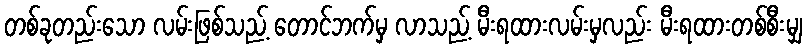
တစ်ခုတည်းသော လမ်းဖြစ်သည့် တောင်ဘက်မှ လာသည့် မီးရထားလမ်းမှလည်း မီးရထားတစ်စီးမျှ